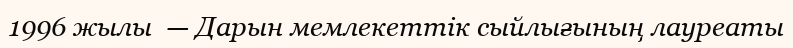
1996 жылы  — Дарын мемлекеттік сыйлығының лауреаты